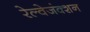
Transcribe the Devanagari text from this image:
रेल्वेजंक्शन